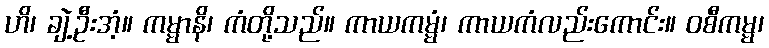
ဟိ၊ ချဲ့ဦးအံ့။ ကမ္မာနိ၊ ကံတို့သည်။ ကာယကမ္မံ၊ ကာယကံလည်းကောင်း။ ဝစီကမ္မ၊